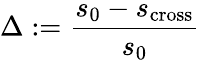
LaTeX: \Delta:=\frac{s_{0}-s_{\mathrm{cross}}}{s_{0}}